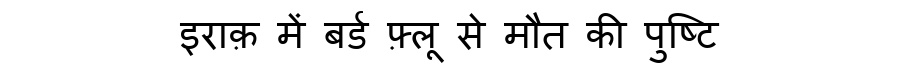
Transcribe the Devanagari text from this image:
इराक़ में बर्ड फ़्लू से मौत की पुष्टि